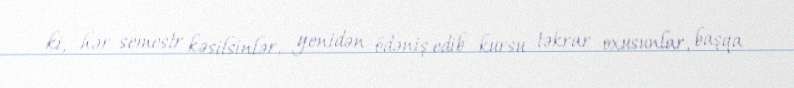
ki, hər semestr kəsilsinlər, yenidən ödəniş edib kursu təkrar oxusunlar, başqa